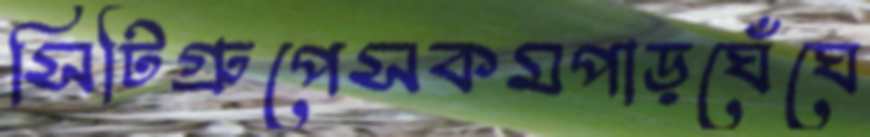
সিটিগ্রুপেসকমপাড়ঘেঁঘে